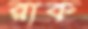
রাক